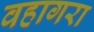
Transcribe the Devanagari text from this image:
वहागरा